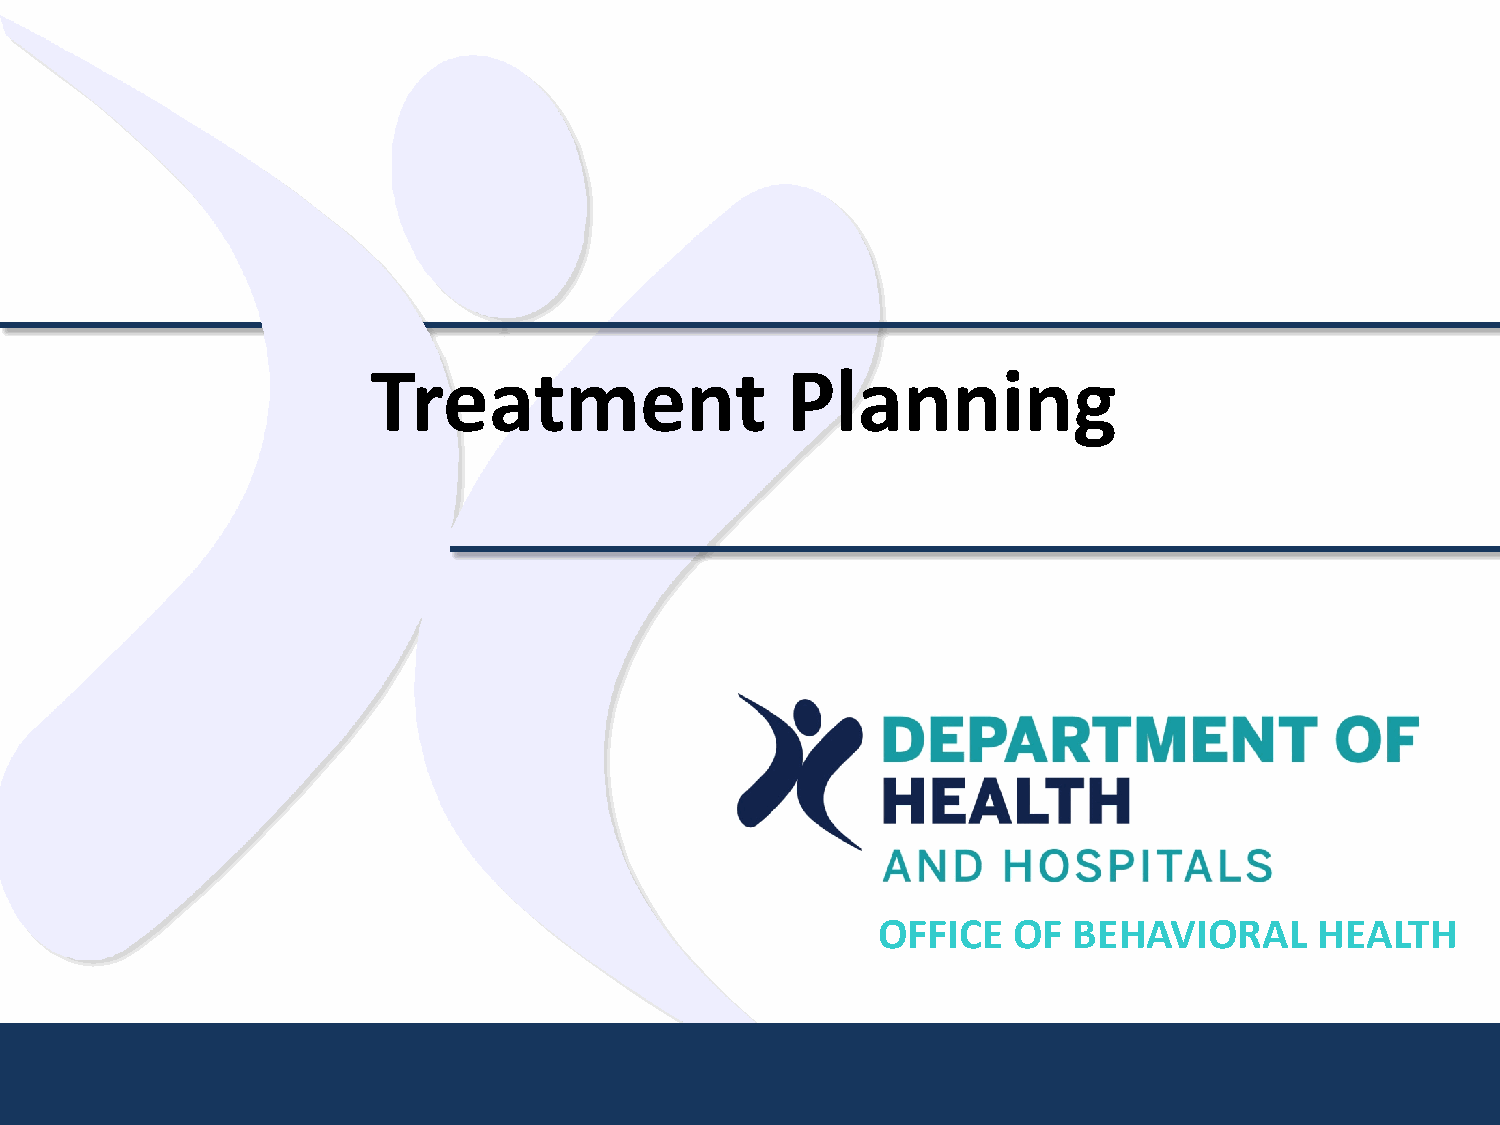
Treatment                  Planning
 OFFICE   OF  BEHAVIORAL      HEALTH